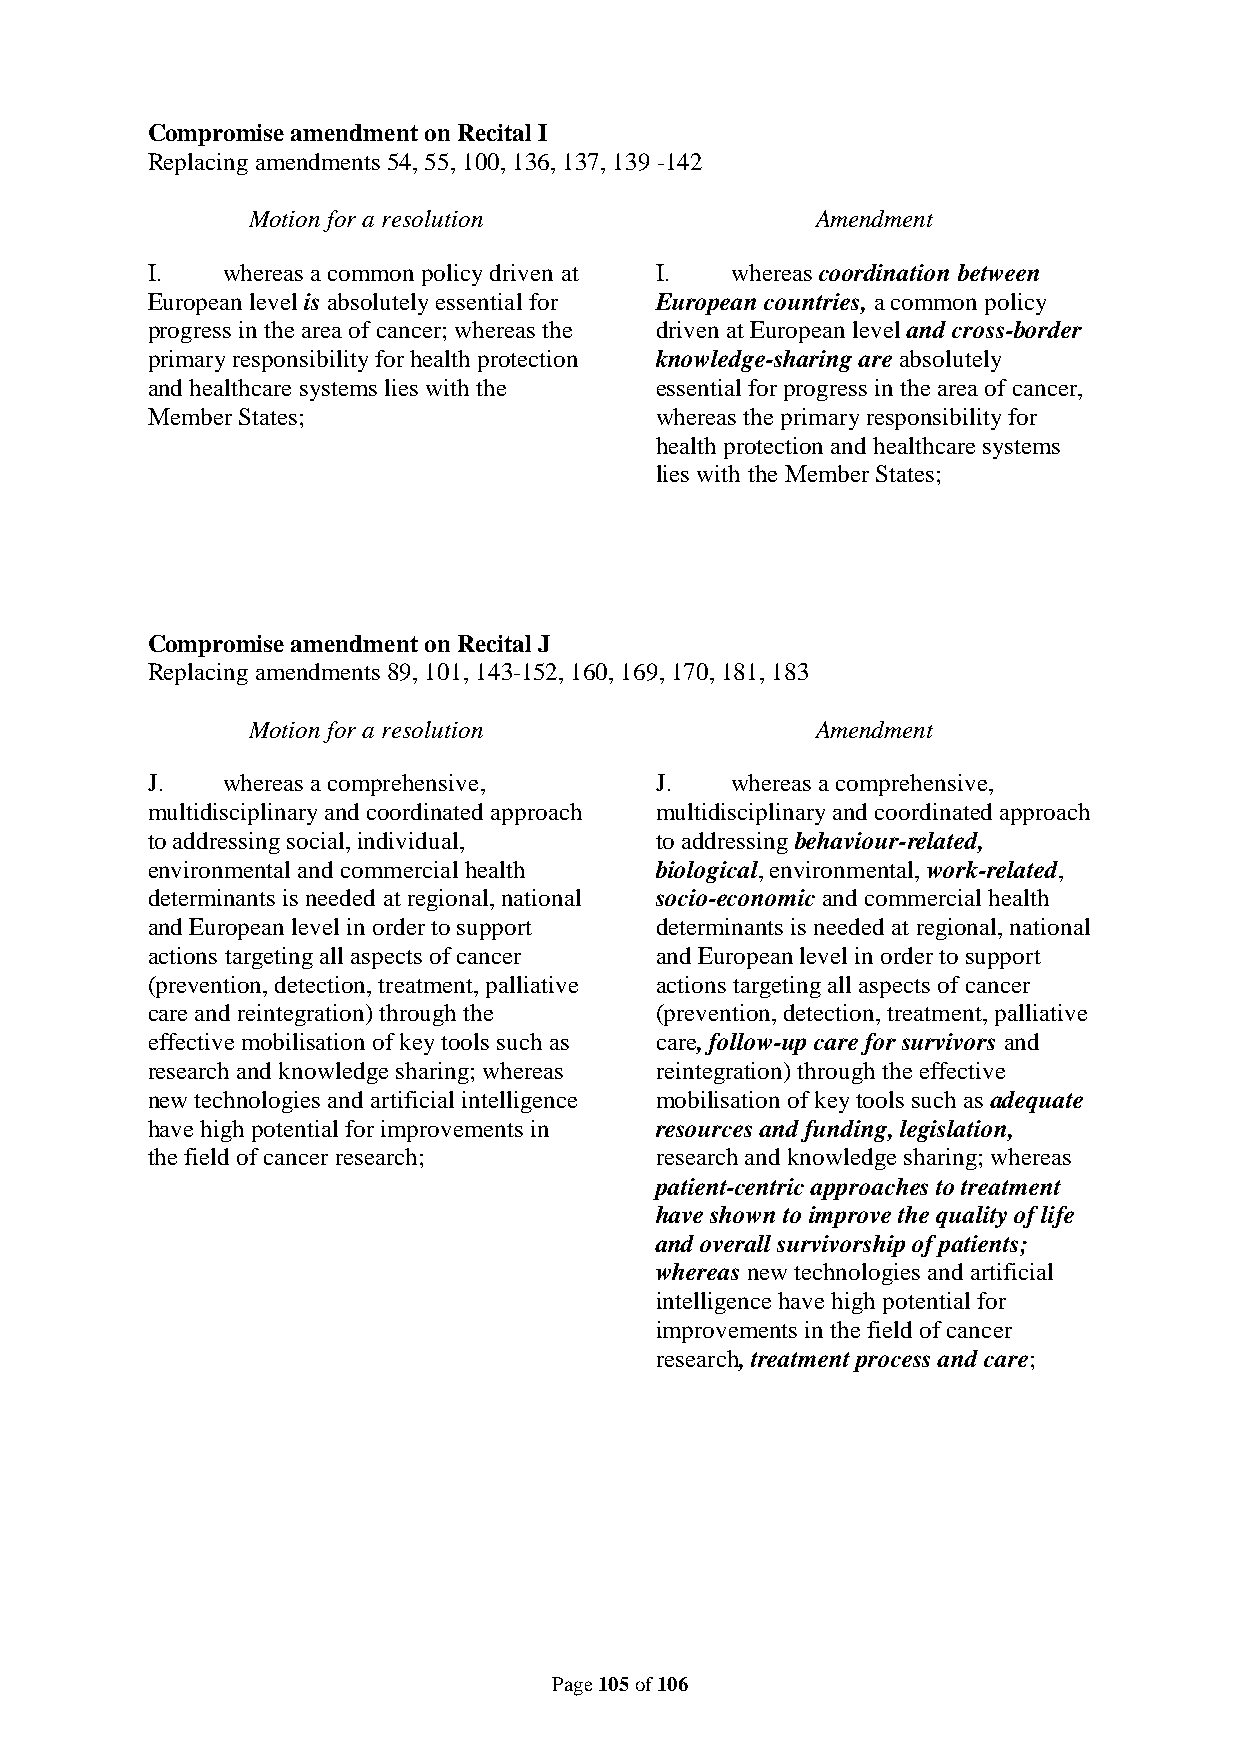
Compromise amendment on Recital I
 Replacing amendments 54, 55, 100, 136, 137, 139 -142
 Motion for a resolution               Amendment
 I.   whereas a common policy driven at I. whereas coordination between
 European level is absolutely essential for European countries, a common policy
 progress in the area of cancer; whereas the driven at European level and cross-border
 primary responsibility for health protection knowledge-sharing are absolutely
 and healthcare systems lies with the essential for progress in the area of cancer,
 Member States;                   whereas the primary responsibility for
 health protection and healthcare systems
 lies with the Member States;
 Compromise amendment on Recital J
 Replacing amendments 89, 101, 143-152, 160, 169, 170, 181, 183
 Motion for a resolution               Amendment
 J.   whereas a comprehensive,    J.   whereas a comprehensive,
 multidisciplinary and coordinated approach multidisciplinary and coordinated approach
 to addressing social, individual, to addressing behaviour-related,
 environmental and commercial health biological, environmental, work-related,
 determinants is needed at regional, national socio-economic and commercial health
 and European level in order to support determinants is needed at regional, national
 actions targeting all aspects of cancer and European level in order to support
 (prevention, detection, treatment, palliative actions targeting all aspects of cancer
 care and reintegration) through the (prevention, detection, treatment, palliative
 effective mobilisation of key tools such as care, follow-up care for survivors and
 research and knowledge sharing; whereas reintegration) through the effective
 new technologies and artificial intelligence mobilisation of key tools such as adequate
 have high potential for improvements in resources and funding, legislation,
 the field of cancer research;    research and knowledge sharing; whereas
 patient-centric approaches to treatment
 have shown to improve the quality of life
 and overall survivorship of patients;
 whereas new technologies and artificial
 intelligence have high potential for
 improvements in the field of cancer
 research, treatment process and care;
 Page 105 of 106